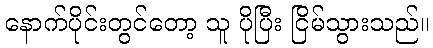
နောက်ပိုင်းတွင်တော့ သူ ပိုပြီး ငြိမ်သွားသည်။